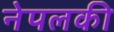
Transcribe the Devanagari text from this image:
नेपलकी